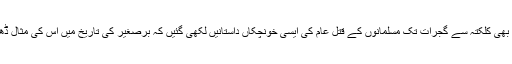
آنے والے برسوں میں بھی کلکتہ سے گجرات تک مسلمانوں کے قتل عام کی ایسی خونچکاں داستانیں لکھی گئیں کہ برصغیر کی تاریخ میں اس کی مثال ڈھونڈے سے نہیں ملتی۔